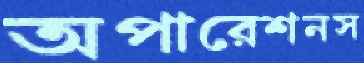
অপারেশনস